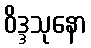
ဝိဒ္ဒသုနော